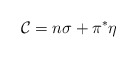
\begin{align*}{\cal{C}}= n\sigma+ \pi^{*}\eta\end{align*}